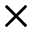
\times